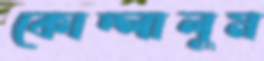
কোদ্‌লালুম